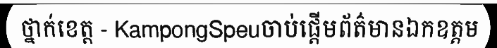
ថ្នាក់ខេត្ត - KampongSpeuចាប់ផ្តើមព័ត៌មានឯកឧត្តម